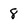
Character: 8